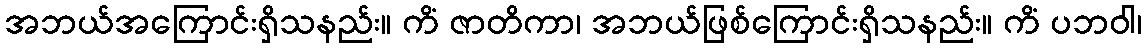
အဘယ်အကြောင်းရှိသနည်း။ ကိံ ဇာတိကာ၊ အဘယ်ဖြစ်ကြောင်းရှိသနည်း။ ကိံ ပဘဝါ၊